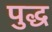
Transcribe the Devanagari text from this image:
पुद्ध